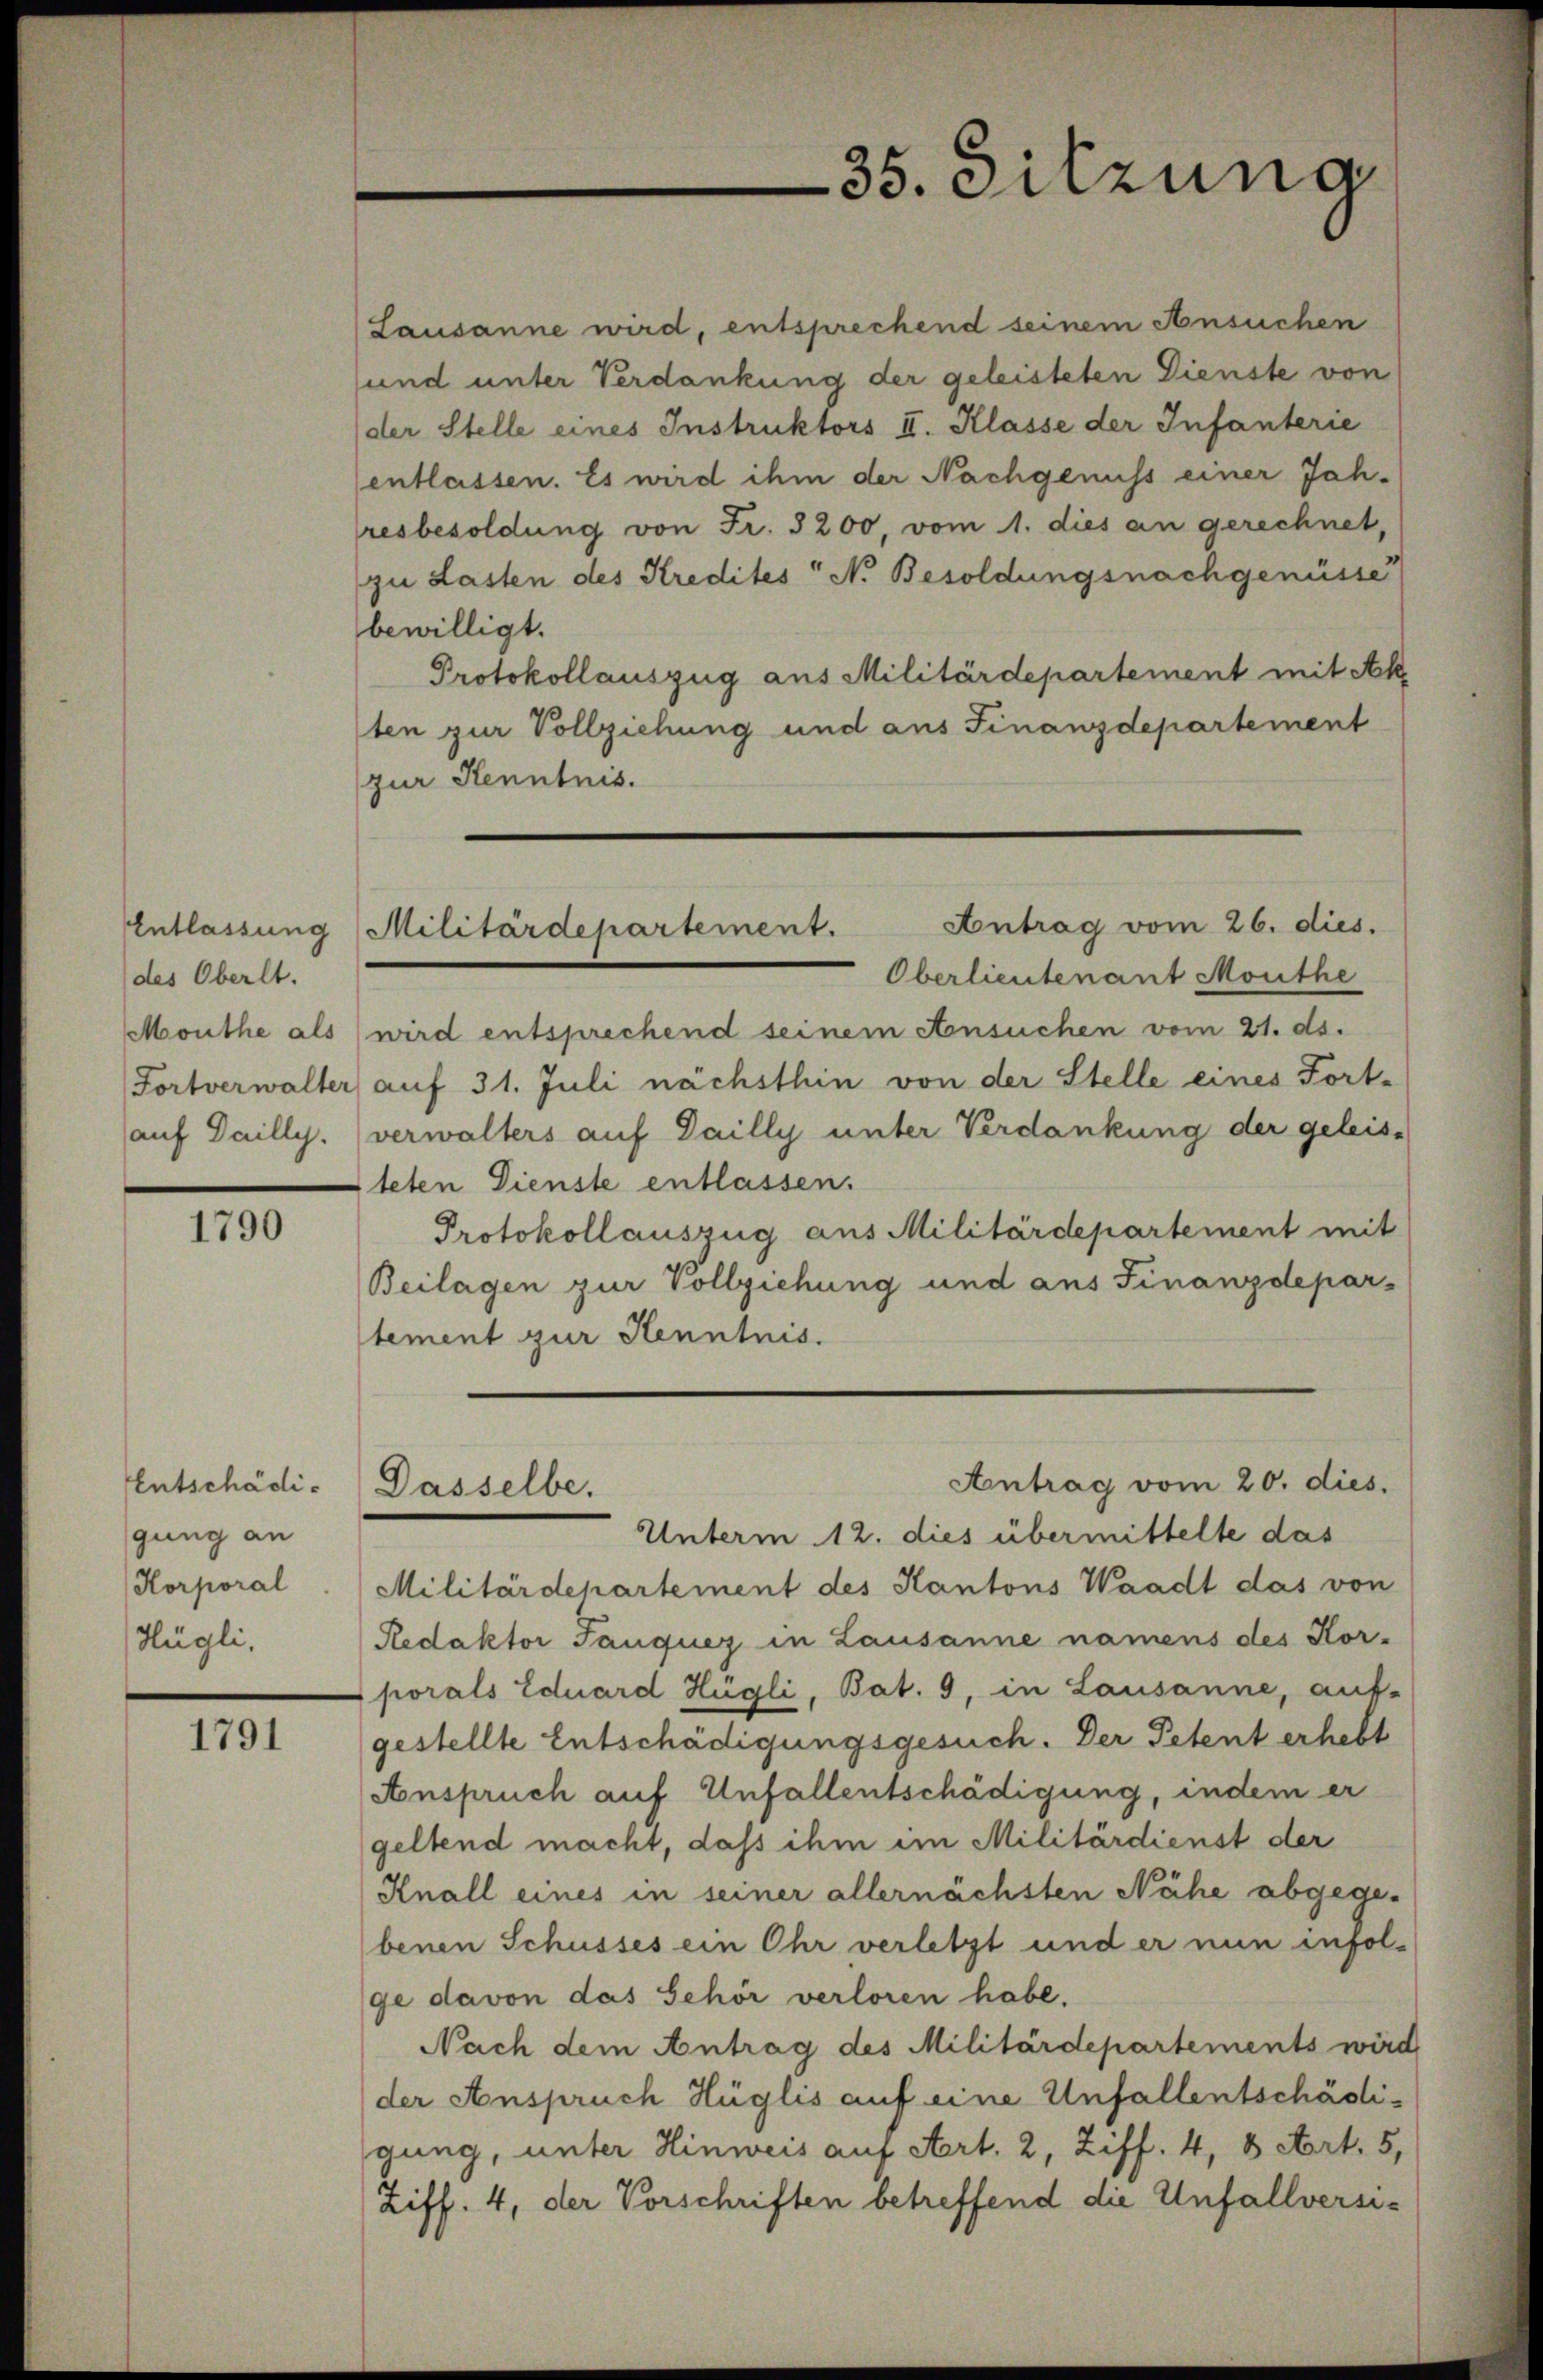
Entlassung
des Oberlt.
Monthe als
auf Dailly.

1790

Entschädigung an
Korporal
Hügli,

1791

35. Sitzung

Antrag vom 26. dies.
Militärdepartement.

Lausanne wird, entsprechend seinem Ansuchen
und unter Verdankung der geleisteten Dienste von
der Stelle eines Instruktors II. Klasse der Infanterie
entlassen. Es wird ihm der Nachgenuss einer Jah-
resbesoldung von Fr. 3200, vom 1. dies an gerechnet,
zu Lasten des Kredites N. Besoldungsnachgenüsse
bewilligt.
Protokollauszug aus Militärdepartement mit Ak
ten zur Vollziehung und aus Finanzdepartement
zur Kenntnis.
Oberlieutenant Monthe
wird entsprechend seinem Ansuchen vom 21. ds.
(Fortverwalter auf 31. Juli nächsthin von der Stelle eines Fort-
verwalters auf Dailly unter Verdankung der geleis-
teten Dienste entlassen.
Protokollauszug aus Militärdepartement mit
Beilagen zur Vollziehung und aus Finanzdepar-
stement zur Kenntnis.
Antrag vom 20. dies.
Dasselbe.
Unterm 12. dies übermittelte das
Militärdepartement des Kantons Waadt das von
Redaktor Tanquer in Lausanne namens des Kor-
porals Eduard Hügli, Bat. 9, in Lausanne, auf-
gestellte Entschädigungsgesuch. Der Petent erhebt
Anspruch auf Unfallentschädigung, indem er
geltend macht, daß ihm im Militärdienst der
Knall eines in seiner allernächsten Nähe abgegebenen Schusses ein Ohr verletzt und er nun infolge davon das Sehör verloren habe.
Nach dem Antrag des Militärdepartements wird
der Anspruch Hüglis auf eine Unfallentschädigung, unter Hinweis auf Art. 2, Ziff. 4, 8 Art. 5,
Ziff. 4, der Vorschriften betreffend die Unfallversi¬